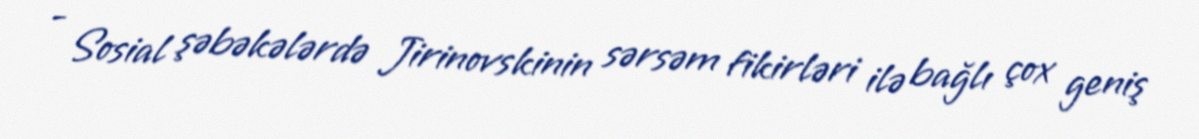
- Sosial şəbəkələrdə Jirinovskinin sərsəm fikirləri ilə bağlı çox geniş